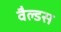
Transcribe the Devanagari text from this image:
वैल्डस